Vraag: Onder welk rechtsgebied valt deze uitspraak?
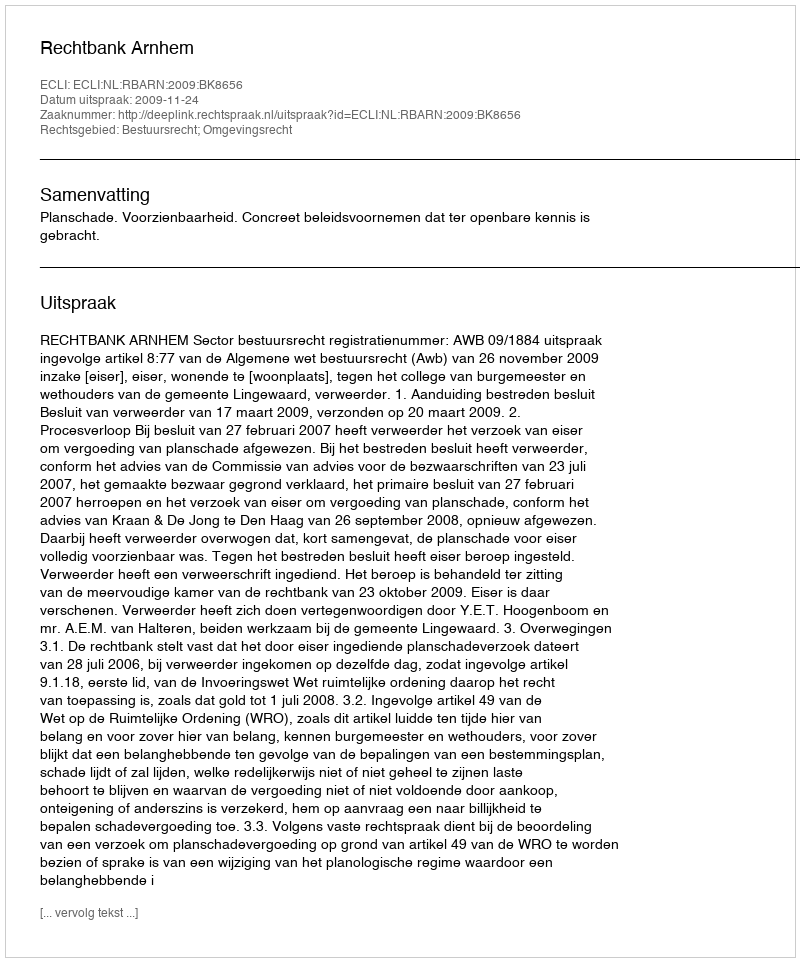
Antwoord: Bestuursrecht; Omgevingsrecht